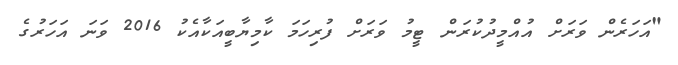
"އަހަރެން ވަރަށް އުއްމީދުކުރަން ޓީމު ވަރަށް ފުރިހަމަ ކާމިޔާބީއަކާއެކު 2016 ވަނަ އަހަރުގެ